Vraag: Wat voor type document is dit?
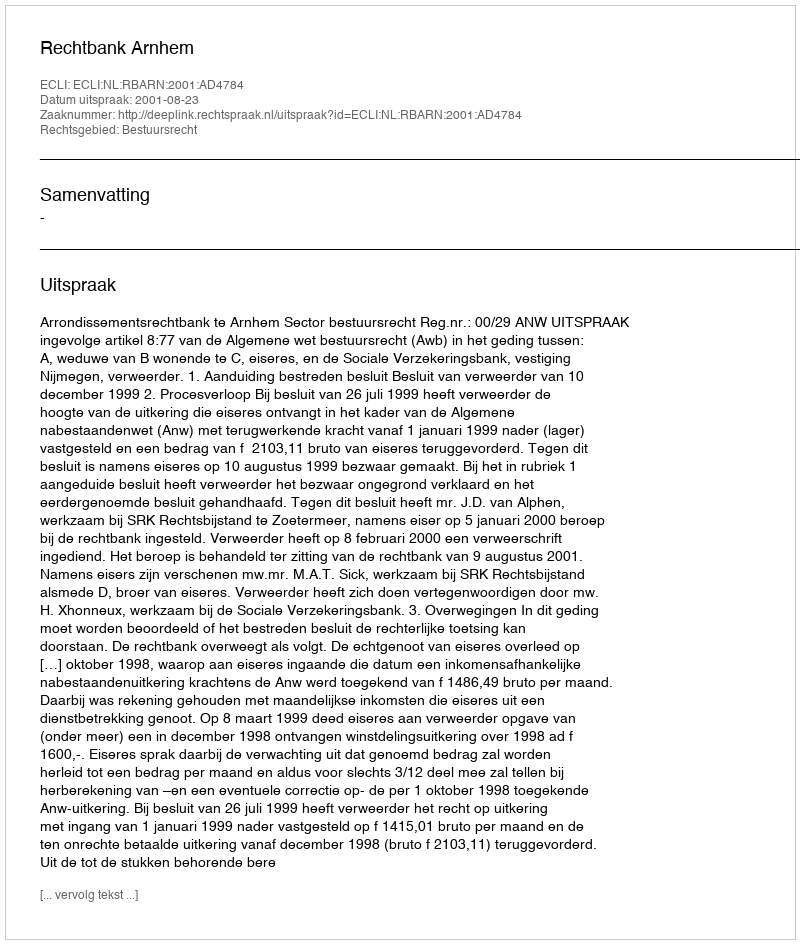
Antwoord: Uitspraak